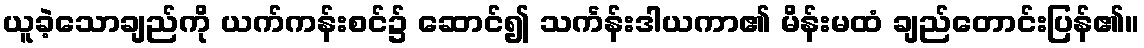
ယူခဲ့သောချည်ကို ယက်ကန်းစင်၌ ဆောင်၍ သင်္ကန်းဒါယကာ၏ မိန်းမထံ ချည်တောင်းပြန်၏။